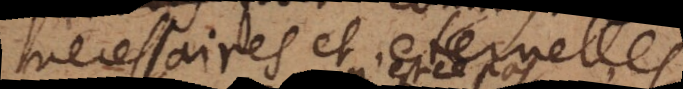
necessaires et eternelles,